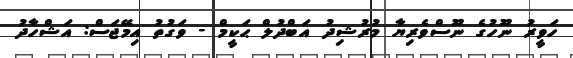
ހަވީރު ނޫހުގެ ނޫސްވެރިޔާ މުރުޝިދު އަބްދުލް ޙަކީމް - ވަގުތު އިމޭޖަސް: އަޝްހާދު